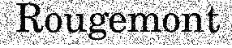
Rougemont